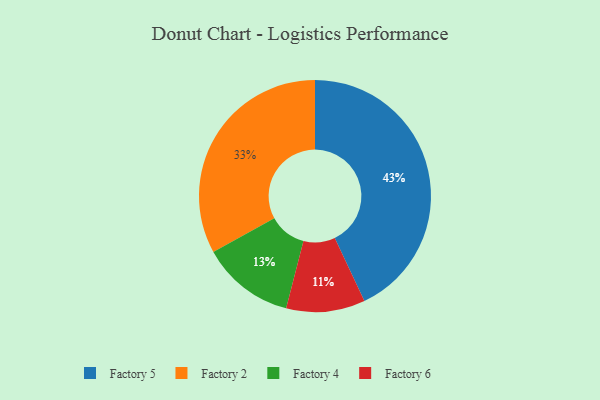
{"axis": {"x": "Category", "y": "Percentage"}, "legend": ["Factory 2", "Factory 4", "Factory 5", "Factory 6"], "data": [{"x": "Factory 4", "y": 13, "type": "Factory 4"}, {"x": "Factory 6", "y": 11, "type": "Factory 6"}, {"x": "Factory 5", "y": 43, "type": "Factory 5"}, {"x": "Factory 2", "y": 33, "type": "Factory 2"}]}